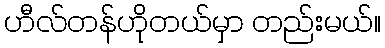
ဟီလ်တန်ဟိုတယ်မှာ တည်းမယ်။